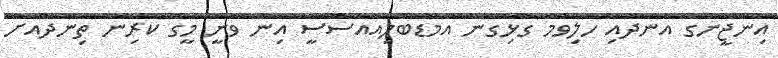
އިންޖީނުގެ އަނދައި ހުލިވުމާ ގުޅިގެން އެމްޑަބްލިއުއެސްސީ އިން ވަނީ މީގެ ކުރިން ތިނަދޫއަށް